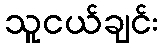
သူငယ်ချင်း